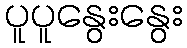
ပူပူနွေးနွေး